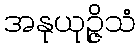
အနုယုဉ္ဇိသံ